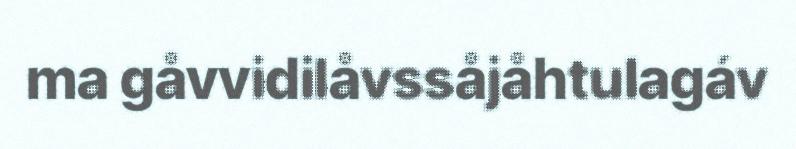
ma gåvvidilåvssåjåhtulagáv